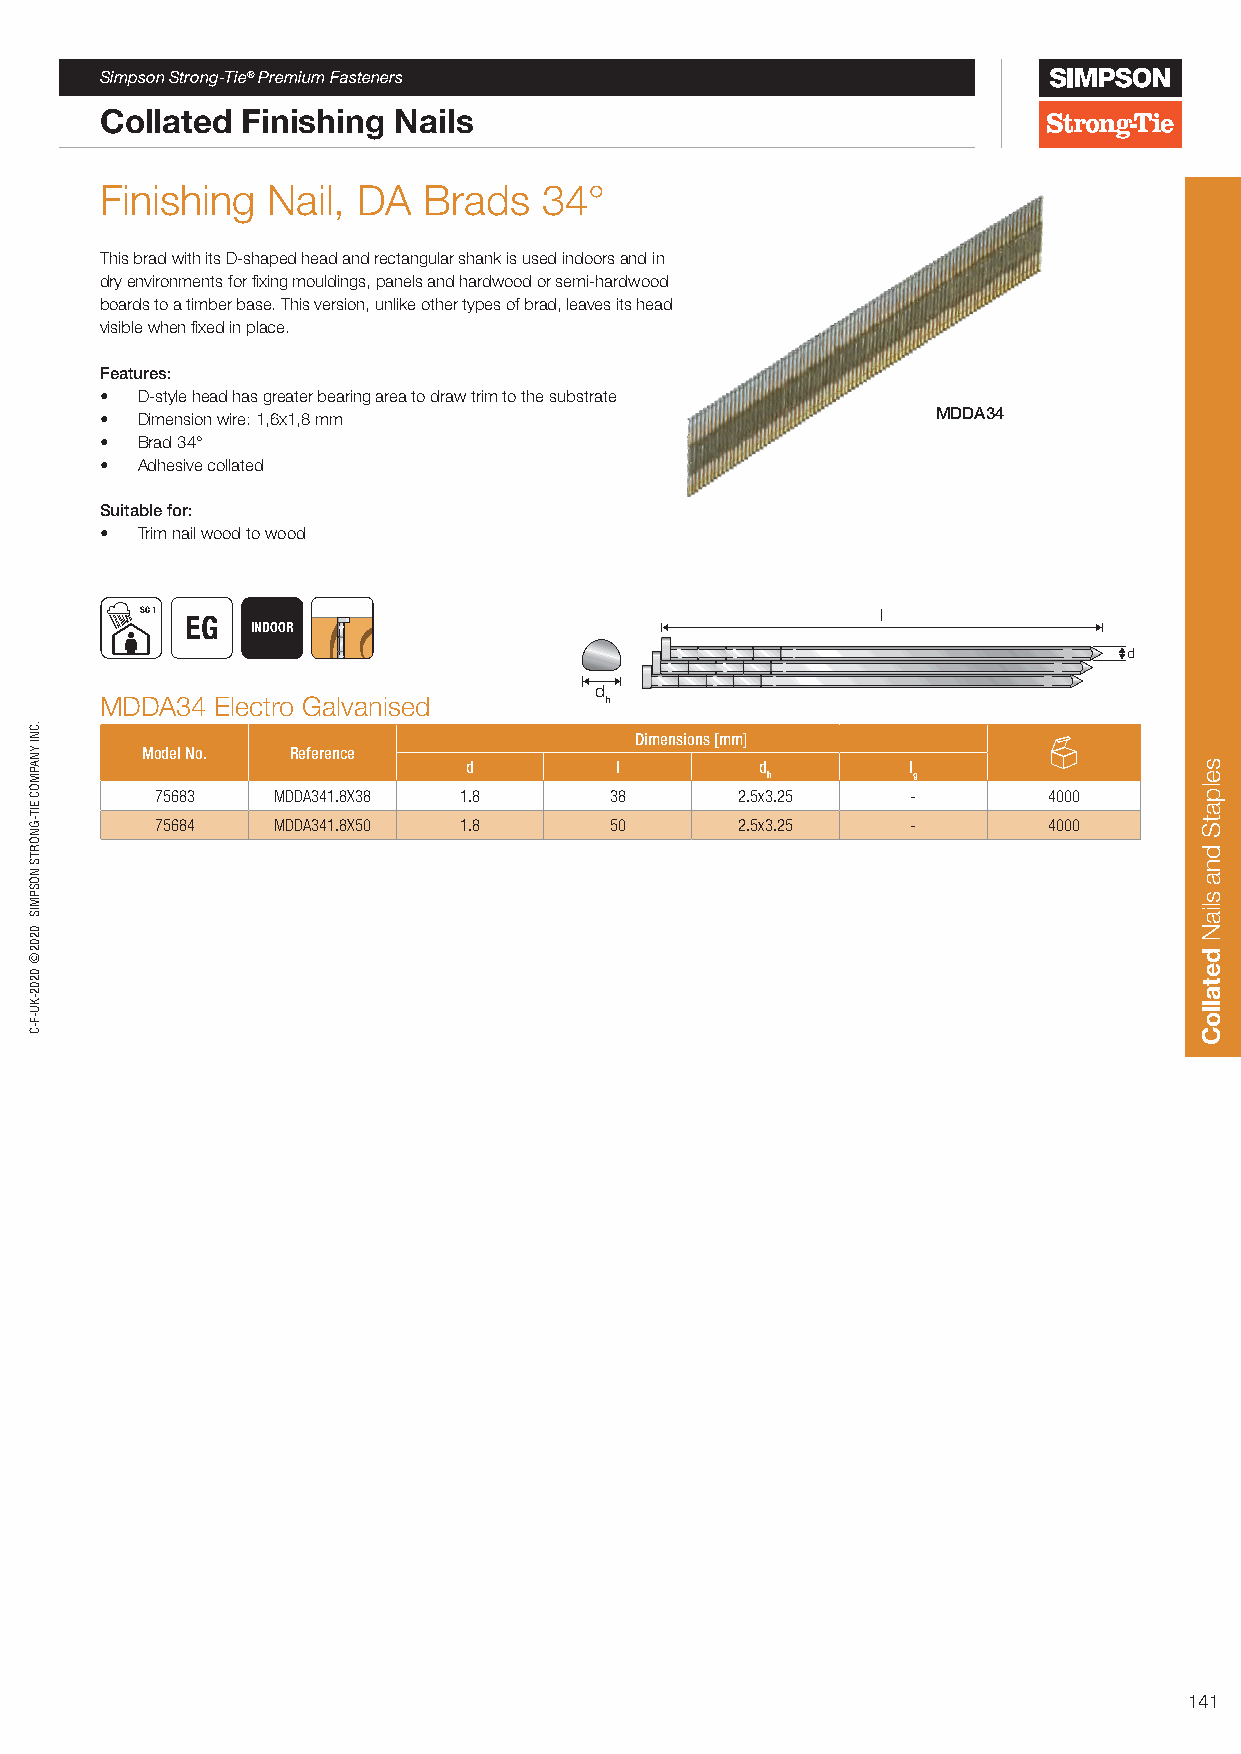
Simpson Strong-Tie® Premium Fasteners
 Collated Finishing Nails
 Finishing  Nail, DA  Brads   34°
 This brad with its D-shaped head and rectangular shank is used indoors and in
 dry environments for fixing mouldings, panels and hardwood or semi-hardwood
 boards to a timber base. This version, unlike other types of brad, leaves its head
 visible when fixed in place.
 Features:
 • D-style head has greater bearing area to draw trim to the substrate
 • Dimension wire: 1,6x1,8 mm                           MDDA34
 • Brad 34°
 • Adhesive collated
 Suitable for:
 • Trim nail wood to wood
 SC 1                                             l
 EG
 INDOOR
 d
 d
 MDDA34 Electro Galvanised        h
 Dimensions [mm]
 Model No. Reference
 d         l        d         l
 h        g
 75683   MDDA341.8X38 1.8      38       2.5x3.25   -        4000
 75684   MDDA341.8X50 1.8      50       2.5x3.25   -        4000
 141
 .CNI
 YNAPMOC
 EIT-GNORTS
 NOSPMIS
 0202©
 0202-KU-F-C
 selpatS
 dna
 sliaN
 detalloC